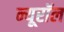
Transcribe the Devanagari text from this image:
न्यूरॉल